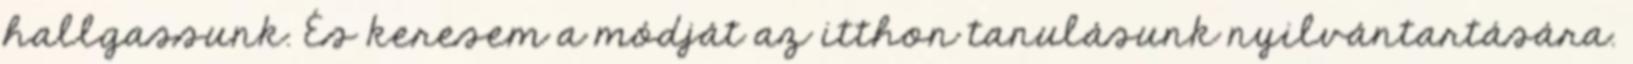
hallgassunk. És keresem a módját az itthon tanulásunk nyilvántartására.